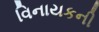
વિનાયકની